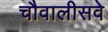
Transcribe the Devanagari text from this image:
चौवालीसवे